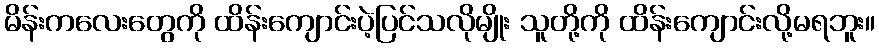
မိန်းကလေးတွေကို ထိန်းကျောင်းပဲ့ပြင်သလိုမျိုး သူတို့ကို ထိန်းကျောင်းလို့မရဘူး။